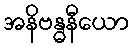
အနိဗန္ဓနီယော